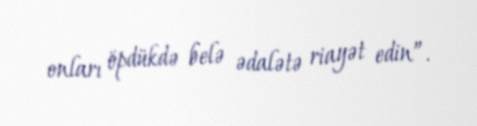
onları öpdükdə belə ədalətə riayət edin”.